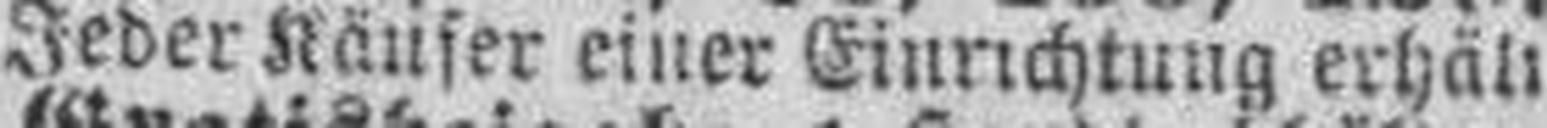
Jeder Käufer einer Einrichtung erhält